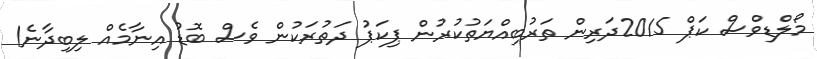
މޯލްޑިވްސް ކަޕް 2015ދަރިން ތަރުބިއްޔަތުކުރުން ޕިކަޕު ދަތުރަކުން ވެސް ބޮޑު އިނާމެއް ލިބިދާނެ!